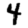
Digit: 4